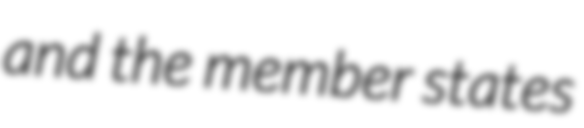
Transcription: and the member states